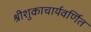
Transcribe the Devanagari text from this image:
श्रीशुकाचार्यवर्णित